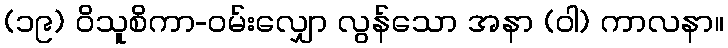
(၁၉) ဝိသူစိကာ-ဝမ်းလျှော လွန်သော အနာ (ဝါ) ကာလနာ။